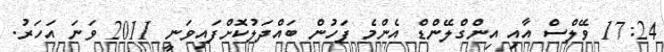
17:24 ވޭލްސް އާއި އިންގްލޭންޑް އެންމެ ފަހުން ބައްދަލުކޮށްފައިވަނީ 2011 ވަނަ އަހަރު.